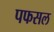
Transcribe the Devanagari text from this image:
पफसल